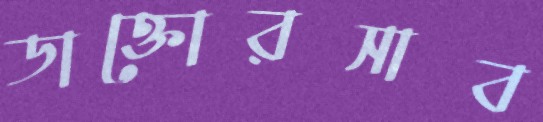
ডাক্তোরসাব